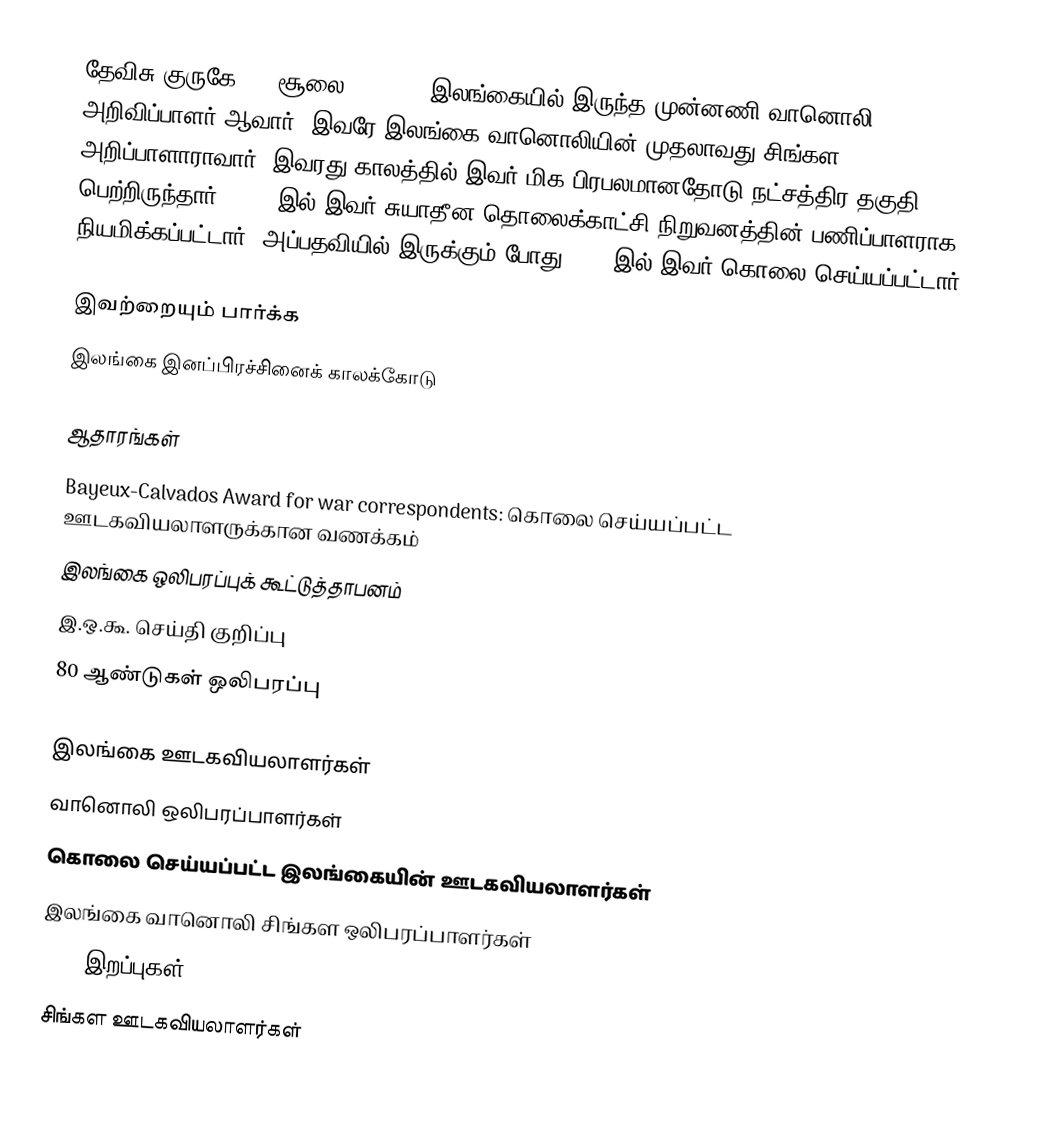
தேவிசு குருகே ( – சூலை 23 1989) இலங்கையில் இருந்த முன்னணி வானொலி அறிவிப்பாளர் ஆவார். இவரே இலங்கை வானொலியின் முதலாவது சிங்கள அறிப்பாளாராவார். இவரது காலத்தில் இவர் மிக பிரபலமானதோடு நட்சத்திர தகுதி பெற்றிருந்தார். 1980 இல் இவர் சுயாதீன தொலைக்காட்சி நிறுவனத்தின் பணிப்பாளராக நியமிக்கப்பட்டார். அப்பதவியில் இருக்கும் போது 1989 இல் இவர் கொலை செய்யப்பட்டார்.

இவற்றையும் பார்க்க
இலங்கை இனப்பிரச்சினைக் காலக்கோடு

ஆதாரங்கள்
 Bayeux-Calvados Award for war correspondents:  கொலை செய்யப்பட்ட ஊடகவியலாளருக்கான வணக்கம்
 இலங்கை ஒலிபரப்புக் கூட்டுத்தாபனம்
 இ.ஒ.கூ. செய்தி குறிப்பு
80 ஆண்டுகள் ஒலிபரப்பு

இலங்கை ஊடகவியலாளர்கள்
வானொலி ஒலிபரப்பாளர்கள்
கொலை செய்யப்பட்ட இலங்கையின் ஊடகவியலாளர்கள்
இலங்கை வானொலி சிங்கள ஒலிபரப்பாளர்கள்
1989 இறப்புகள்
சிங்கள ஊடகவியலாளர்கள்